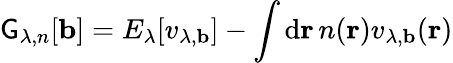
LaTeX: \mathsf{G}_{\lambda,n}[\mathbf{b}]=E_{\lambda}[v_{\lambda,\mathbf{b}}]-\int\mathrm{d}\mathbf{r}\, n(\mathbf{r})v_{\lambda,\mathbf{b}}(\mathbf{r})